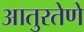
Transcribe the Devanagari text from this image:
आतुरतेणे